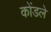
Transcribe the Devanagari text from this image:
कोंडले